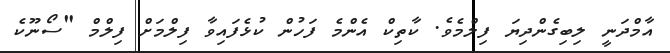
އާމްދަނީ ލިބިގެންދިޔަ ފިލްމެވެ. ކާތިކް އެންމެ ފަހުން ކުޅެފައިވާ ފިލްމަށް ފިލްމް "ސޯނޫކެ